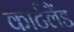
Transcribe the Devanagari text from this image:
कार्टलैंड